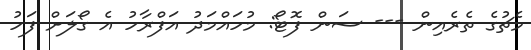
މެޗުގެ ތެރެއިން --- ސަން ފޮޓޯ: މުހައްމަދު އަފްރާހު އެ ގޯލަށް ފަހު